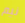
نيم